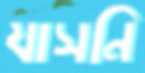
যাসনি